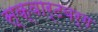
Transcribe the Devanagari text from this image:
स्क्वार्टबर्ग